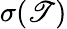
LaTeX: \sigma(\mathscr{T})